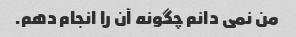
من نمی دانم چگونه آن را انجام دهم.